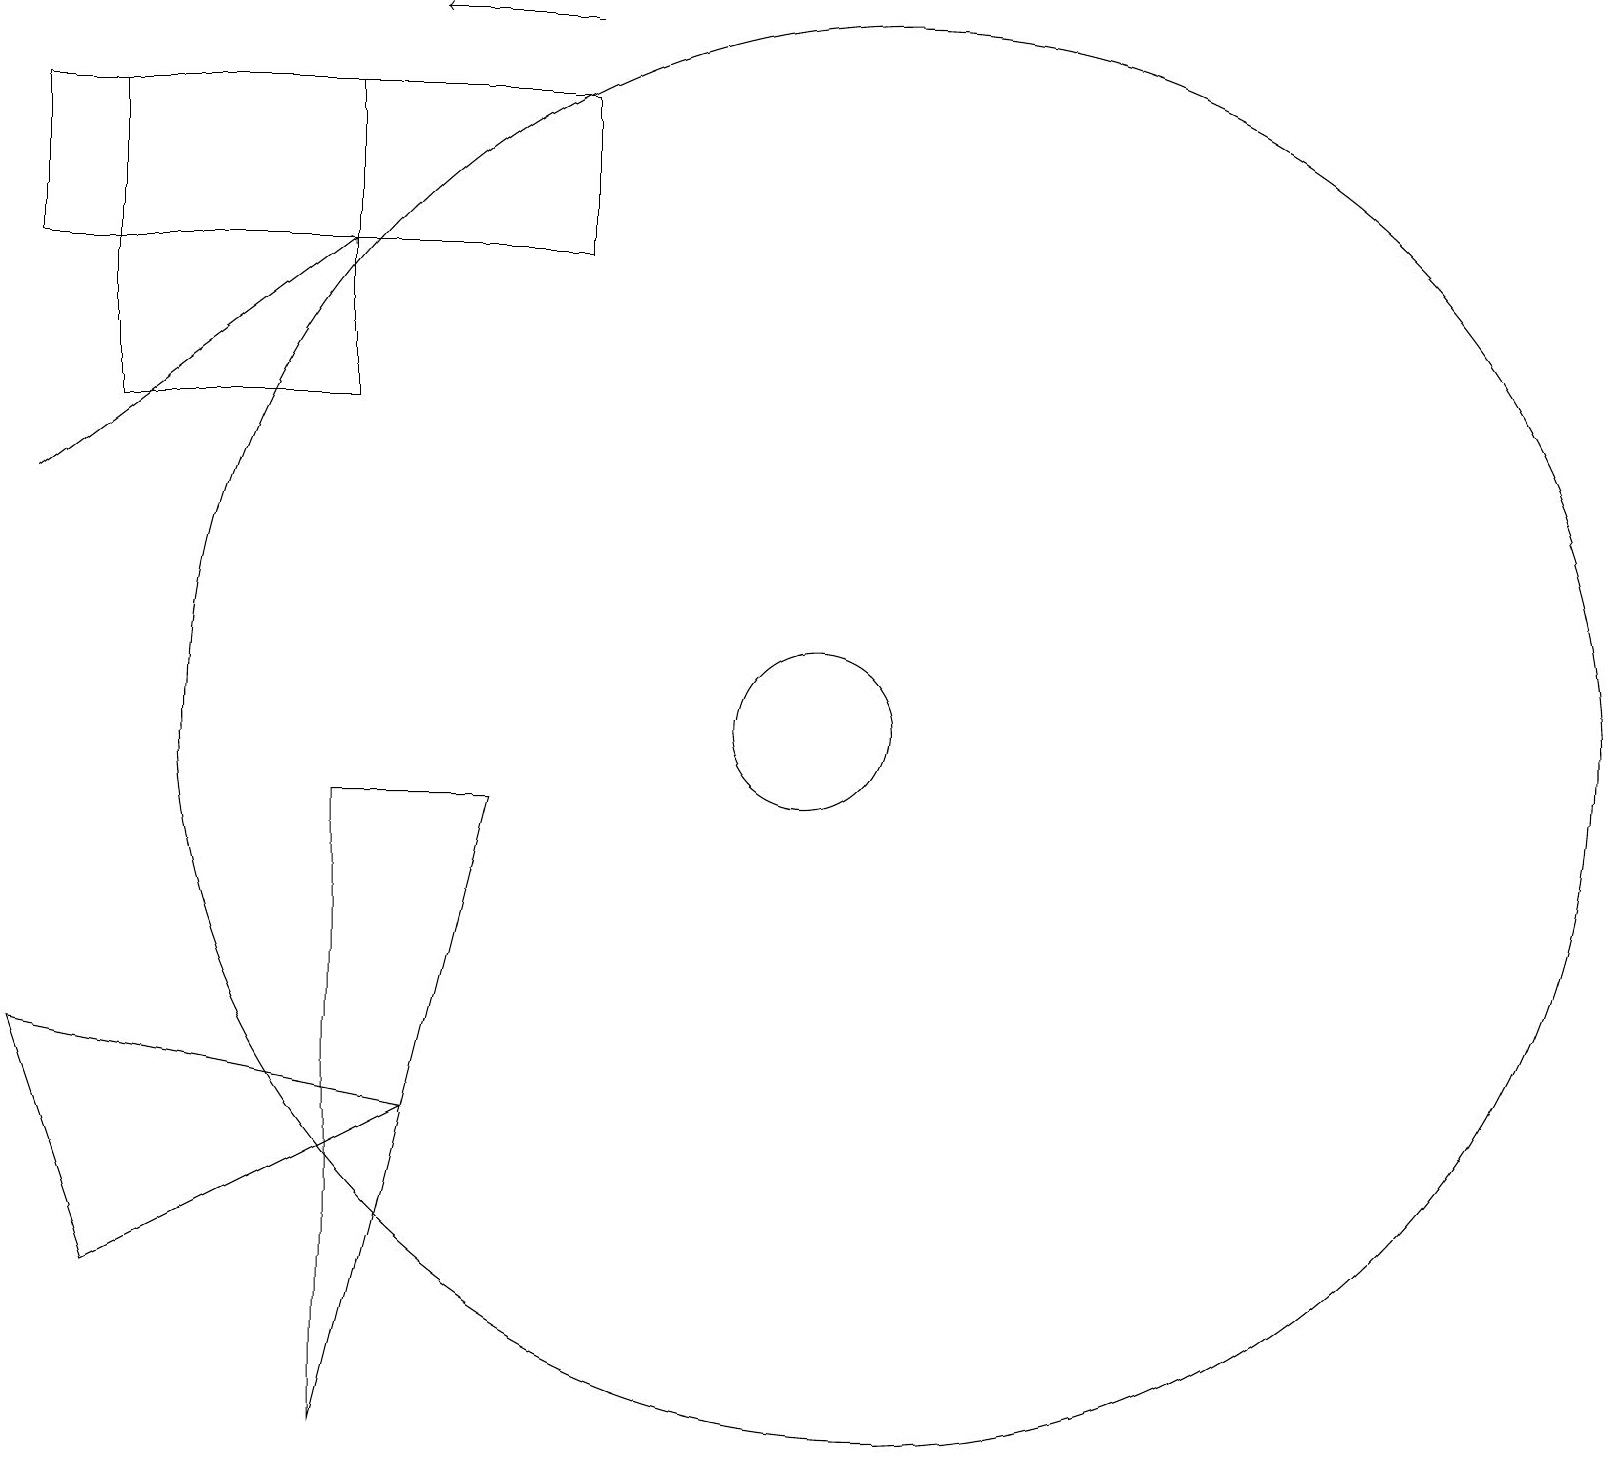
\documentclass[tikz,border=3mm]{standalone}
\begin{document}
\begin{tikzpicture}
\draw (10,10) circle (1);
\draw[->] (7,19) -- (5,19);
\draw (1,18) rectangle (4,14);
\draw (0,6) -- (1,3) -- (5,5) -- cycle;
\draw (0,16) rectangle (7,18);
\draw (6,9) -- (4,9) -- (4,1) -- cycle;
\draw (11,10) circle (9);
\draw[->] (0,13) -- (4,16);
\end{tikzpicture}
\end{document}